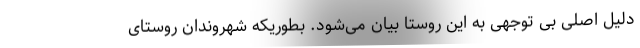
دلیل اصلی بی توجهی به این روستا بیان می‌شود. بطوریکه شهروندان روستای